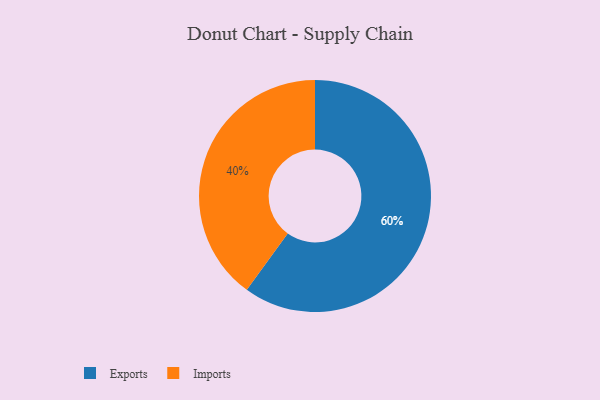
{"axis": {"x": "Category", "y": "Percentage"}, "legend": ["Exports", "Imports"], "data": [{"x": "Imports", "y": 40, "type": "Imports"}, {"x": "Exports", "y": 60, "type": "Exports"}]}